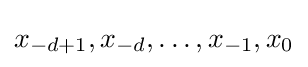
x_{-d+1},x_{-d},\dots ,x_{-1},x_{0}